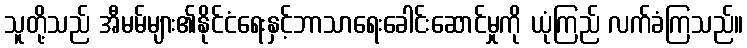
သူတို့သည် အီမမ်များ၏နိုင်ငံရေးနှင့်ဘာသာရေးခေါင်းဆောင်မှုကို ယုံကြည် လက်ခံကြသည်။